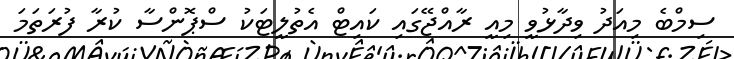
ސިމްބެ މިއަދު ވިދާޅުވީ މިއީ ރާއްޖޭގައި ކައިޓް އެތުލީޓަކު ސްޕޮންސާ ކުރާ ފުރަތަމަ